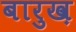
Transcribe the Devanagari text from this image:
बारुख़